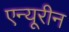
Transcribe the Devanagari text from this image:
एन्यूरीन